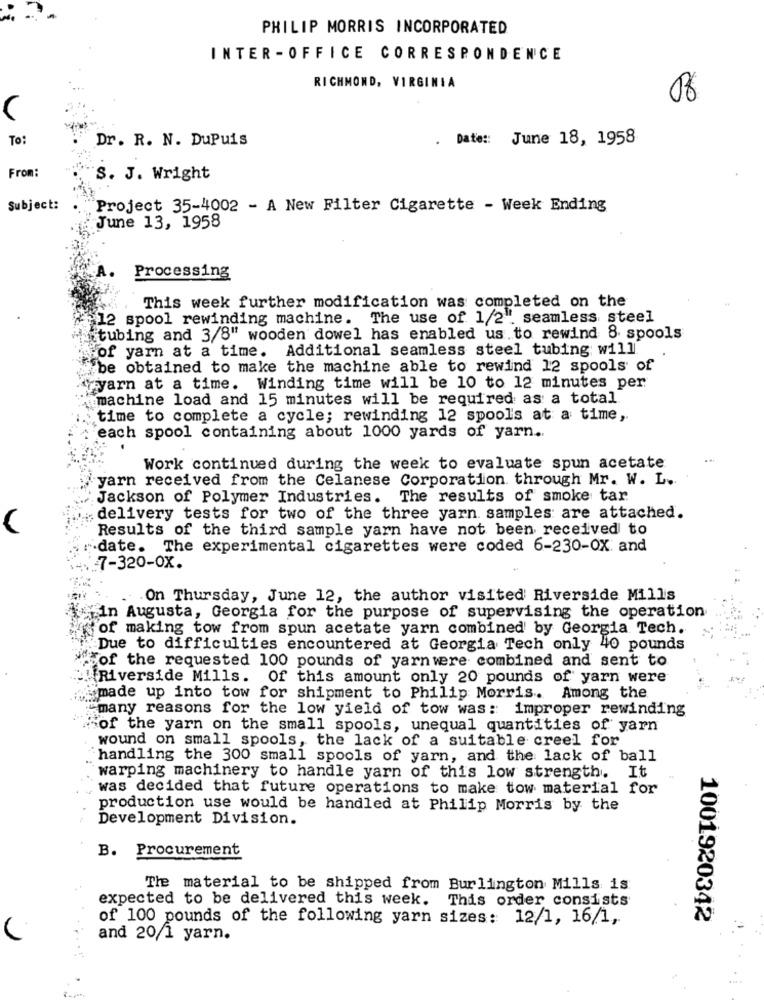
PHILIP MORRIS INCORPORATED
INTER - OFFICE CORRESPONDENCE
RICHMOND, VIRGINIA
08
To:
Dr. R. N. Dupuis
. Date :: June 18, 1958
From:
S. J. Wright
Subject:
Project 35-4002 - A New Filter Cigarette - Week Ending
June 13, 1958
Processing
This week further modification was completed on the
12 spool rewinding machine. The use of 1/2". seamless steel
itubing and 3/8" wooden dowel has enabled us to rewind 8 spools
of yarn at a time. Additional seamless steel tubing will
be obtained to make the machine able to rewind 12 spools of
yyarn at a time. Winding time will be 10 to 12 minutes per
machine load and 15 minutes will be required as a total
time to complete a cycle; rewinding 12 spool's at a time,
each spool containing about 1000 yards of yarn ..
Work continued during the week to evaluate spun acetate
yarn received from the Celanese Corporation through Mr. W. L.
Jackson of Polymer Industries. The results of smoke tar
delivery tests for two of the three yarn samples are attached.
Results of the third sample yarn have not been received to
"date. The experimental cigarettes were coded 6-230-OX and
7-320-0X.
On Thursday, June 12, the author visited Riverside Mills
in Augusta, Georgia for the purpose of supervising the operation
of making tow from spun acetate yarn combined by Georgia Tech.
Due to difficulties encountered at Georgia Tech only 40 pounds
of the requested 100 pounds of yarnwere combined and sent to
Riverside Mills. Of this amount only 20 pounds of yarn were
made up into tow for shipment to Philip Morris. Among the
many reasons for the low yield of tow was: improper rewinding
"of the yarn on the small spools, unequal quantities of yarn
wound on small spools, the lack of a suitable creel for
handling the 300 small spools of yarn, and the lack of ball
warping machinery to handle yarn of this low strength. It
was decided that future operations to make tow material for
production use would be handled at Philip Morris by the
Development Division.
B. Procurement
The material to be shipped from Burlington Mills is
expected to be delivered this week. This order consists
of 100 pounds of the following yarn sizes: 12/1, 16/1,
1001920342
and 20/1 yarn.